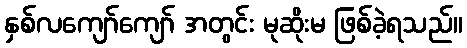
နှစ်လကျော်ကျော် အတွင်း မုဆိုးမ ဖြစ်ခဲ့ရသည်။